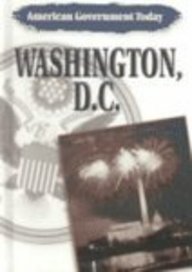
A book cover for Washington, D.C. (American Government Today); Mark C. Sanders; Teen & Young Adult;